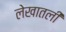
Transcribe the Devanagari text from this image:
लेखातली